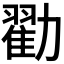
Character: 𫦼